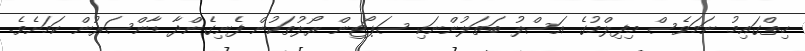
ހިތްގައިމު ނަމަވެސް މިފިލްމުގެ އަސްލު ބަތަލުންނަކި ސަޕޯޓިން ރޯލުތަކުން ފެނިގެންދާ ޑާންސަރުން ކަމަށެވެ.